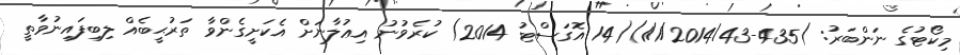
މިކޯޓުގެ ނަންބަރު: )435-1/1/2014/43)(14 އޮގަސްޓު 2014) ކުރެވުނު އިޢުލާނަށް އެކަށީގެންވާ ތަރުޙީބެއް ލިބިފައިނުވާތީ